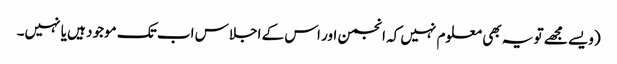
(ویسے مجھے تو یہ بھی معلوم نہیں کہ انجمن اور اس کے اجلاس اب تک موجود ہیں یا نہیں۔